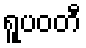
ရူပဝတီ